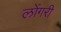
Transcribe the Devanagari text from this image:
लोंगरी